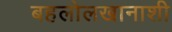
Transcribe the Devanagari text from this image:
बहलोलखानाशी